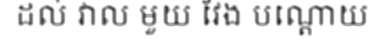
ដល់ វាល មួយ វែង បណ្តោយ